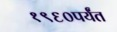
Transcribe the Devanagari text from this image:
१९६०पर्यंत